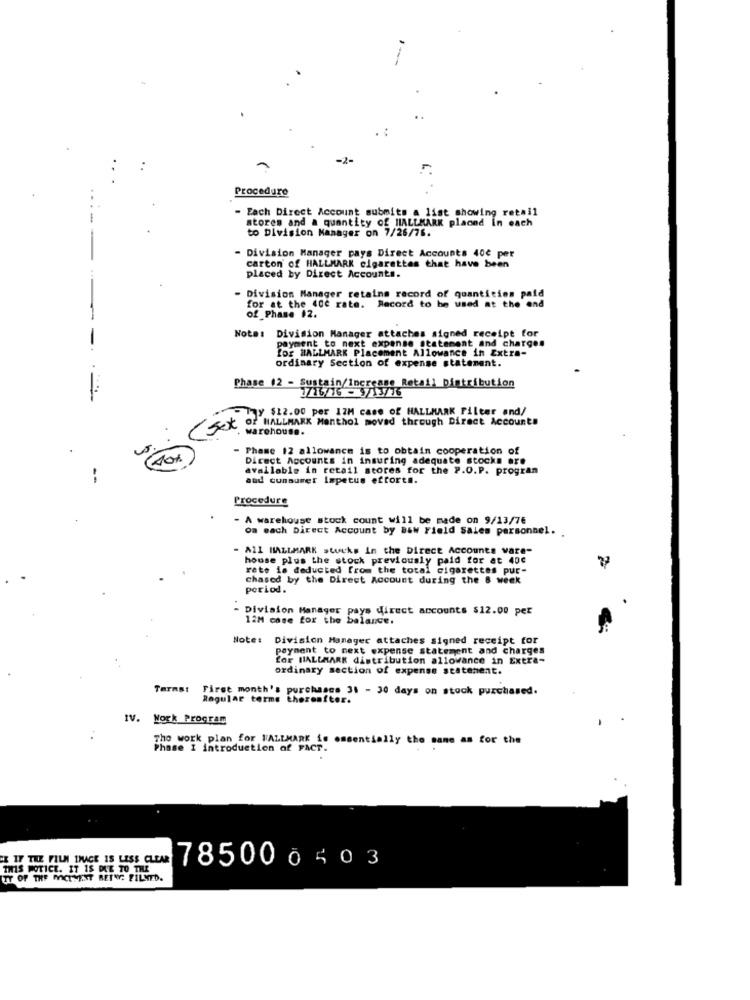
-2-
Procedure
- Each Direct Account submits a list showing retail
stores and a quantity of HALLMARK placed in each
to Division Manager on 7/26/76.
- Division Manager pays Direct Accounts 40€ per
carton of HALLMARK cigarettes that have been
placed by Direct Accounts.
Division Manager retains record of quantities paid
for at the 40c rate. Record to be used at the end
of Phase 12.
Note: Division Manager attaches signed receipt for
-
payment to next expanse statement and charges
for HALLMARK Placement Allowance in Extra-
ordinary Section of expense statement.
Phase (2 - Sustain/Increase Retail Distribution
7716/16 - 9/13/76
Thy $12.00 per 12M case of HALLMARK Filter and/
OF HALLMARK Menthol moved through Direct Accounts
warehouse.
Phase 12 allowance is to obtain cooperation of
Direct Accounts in insuring adequate stocks are
available in retail stores for the P.O.P. progran
and consumer impetus ettort !.
Procedure
A warehouse stock count will be made on 9/13/76
om each Direct Account by B&W Field Sales personnel.
- ALL HALLMARK stocks in the Direct Accounts vare-
house plus the stock previously paid for at 40c
rate is deducted from the total cigarettes pur-
chased by the Direct Account during the 8 week
period.
Division Manager pays direct accounts $12.00 per
12M cose for the balance.
Note: Division Manager attaches signed receipt for
payment to next expense statement and charges
LOF HALLMARK distribution allowance in Extra-
ordinary section of expense statement.
Tarmst
First month's purchases 31 - 30 days on stock purchased.
Regular terme thereafter.
IV. Work Program
The work plan for HALLMARK is essentially the same as for the
Phase I introduction of FACT.
CE IF THE FILM IMAGE IS LESS CLEAR
785000403
THIS NOTICE. IT IS DUE TO THE
TY OF THE MICINENT REINE; FILMED.